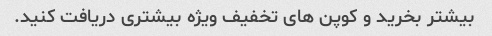
بیشتر بخرید و کوپن های تخفیف ویژه بیشتری دریافت کنید.